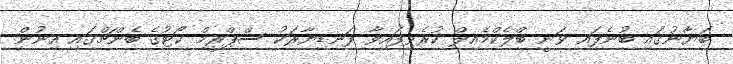
ބަޔާނުގައި ބުނެފައި ވަނީ ބްލެކްމެއިލް ކުރެވިފައިވާ ފަނޑިޔާރަކު ސްޕްރީމް ކޯޓުގެ ބެންޗްގައި އިނުން